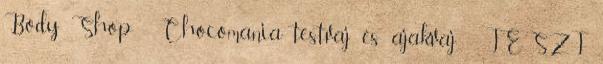
Body Shop - Chocomania testvaj és ajakvaj - TESZT